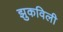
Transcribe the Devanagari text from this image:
झुकविली